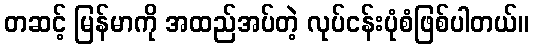
တဆင့် မြန်မာကို အထည်အပ်တဲ့ လုပ်ငန်းပုံစံဖြစ်ပါတယ်။